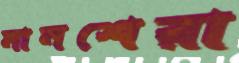
মানশেরা